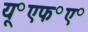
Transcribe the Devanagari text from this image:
यू॰एफ॰ए॰